Annual report on the lock hospitals of the Madras Presidency
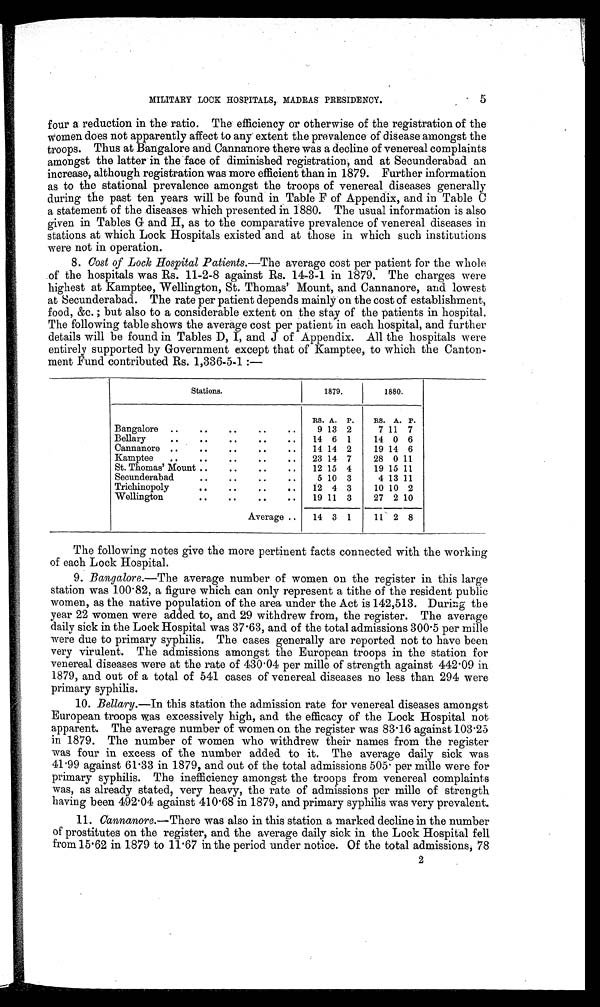
5
MILITARY LOCK HOSPITALS, MADRAS PRESIDENCY.
four a reduction in the ratio. The efficiency or otherwise of the registration of the
Women does not apparently affect to any extent the prevalence of disease amongst the
troops. Thus at Bangalore and Cannanore there was a decline of venereal complaints
amongst the latter in the face of diminished registration, and at Secunderabad an
increase, although registration was more efficient than in 1879. Further information
as to the stational prevalence amongst the troops of venereal diseases generally
during the past ten years will be found in Table F of Appendix, and in Table C
a statement of the diseases which presented in 1880. The usual information is also
given in Tables G and H, as to the comparative prevalence of venereal diseases in
stations at which Lock Hospitals existed and at those in which such institutions
were not in operation.
8. Cost of Lock Hospital Patients .—The average cost per patient for the whole
of the hospitals was Rs. 11–2–8 against Rs. 14–3–1 in 1879. The charges were
highest at Kamptee, Wellington, St. Thomas' Mount, and Cannanore, and lowest
at Secunderabad. The rate per patient depends mainly on the cost of establishment,
food, &c. ; but also to a considerable extent on the stay of the patients in hospital.
The following table shows the average cost per patient in each hospital, and further
details will be found in Tables D, I, and J of Appendix. All the hospitals were
entirely supported by Government except that of Kamptee, to which the Canton-
ment Fund contributed Rs. 1,336–5–1 :—
Stations.
1879.
1880.
RS. A. P.
RS. A. P.
Bangalore ..
. .
..
..
..
9 13 2
7 11 7
Bellary
..
..
..
.. ..
14 6 1
14 0 6
Cannanore ..
..
. .
..
..
14 14 2
19 14 6
Kamptee
..
.. ..
..
..
23 14 7
28 0 11
St. Thomas' Mount ..
..
.. ..
12 15 4
19 15 11
Secunderabad
..
. .
.. ..
5 10 3
4 13 11
Trichinopoly
..
. .
.. ..
12 4 3
10 10 2
Wellington
.. ..
.. ..
19 11 3
27 2 10
Average ..
14 3 1
11 2 8
The following notes give the more pertinent facts connected with the working
of each Lock Hospital.
9. Bangalore.—The average number of women on the register in this large
station was 100 . 82, a figure which can only represent a tithe of the resident public
women, as the native population of the area under the Act is 142,513. During the
year 22 women were added to, and 29 withdrew from, the register. The average
daily sick in the Lock Hospital was 37.63, and of the total admissions 300.5 per mile
were due to primary syphilis. The cases generally are reported not to have been
very virulent. The admissions amongst the European troops in the station for
venereal diseases were at the rate of 430 . 04 per mille of strength against 442.09 in
1879, and out of a total of 541 cases of venereal diseases no less than 294 were
primary syphilis.
10. Bellary.—In this station the admission rate for venereal diseases amongst
European troops was excessively high, and the efficacy of the Lock Hospital not
apparent. The average number of women on the register was 83.16 against 103.25
in 1879. The number of women who withdrew their names from the register
was four in excess of the number added to it. The average daily sick was
41.99 against 61.33 in 1879, and out of the total admissions 505. per mille were for
primary syphilis. The inefficiency amongst the troops from venereal complaints
was, as already stated, very heavy, the rate of admissions per mille of strength
having been 492.04 against 410.68 in 1879, and primary syphilis was very prevalent.
11. Cannanore .—There was also in this station a marked decline in the number
of prostitutes on the register, and the average daily sick in the Lock Hospital fell
from 15.62 in 1879 to 11.67 in the period under notice. Of the total admissions, 78 2
2